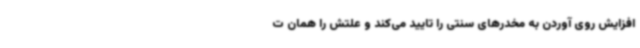
افزایش روی آوردن به مخدرهای سنتی را تایید می‌کند و علتش را همان ت